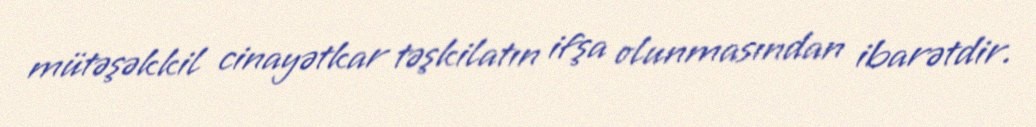
mütəşəkkil cinayətkar təşkilatın ifşa olunmasından ibarətdir.